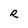
Character: R